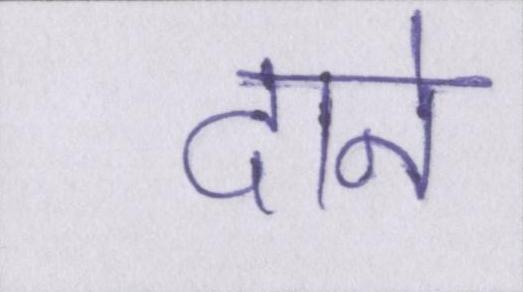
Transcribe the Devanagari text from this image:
दाने